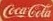
CocaCola